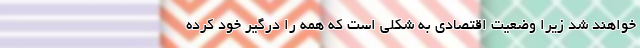
خواهند شد زیرا وضعیت اقتصادی به شکلی است که همه را درگیر خود کرده